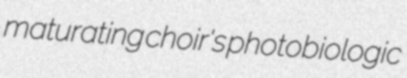
maturating choir's photobiologic